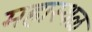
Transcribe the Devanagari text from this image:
महास्थळ